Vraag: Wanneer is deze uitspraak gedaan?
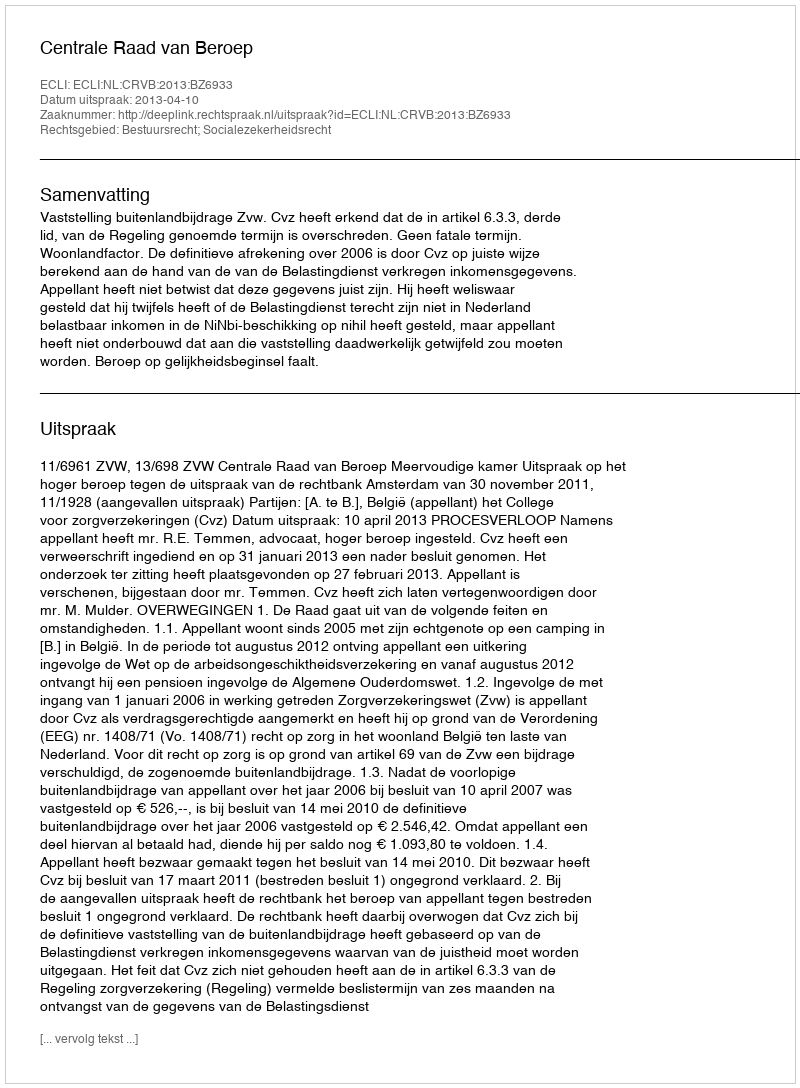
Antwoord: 2013-04-10